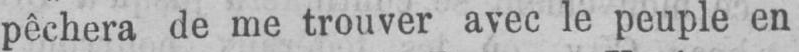
pêchera de me trouver avec le peuple en